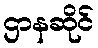
ဌာနဆိုင်